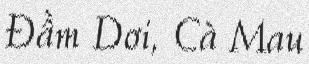
Đầm Dơi, Cà Mau